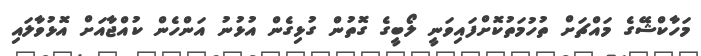
މަހާކްޝޭގެ މައްޗަށް ތުހުމަތުކޮށްފައިވަނީ ލޯބީގެ ގޮތުން ގުޅިގެން އުޅުނު އަންހެން ކުއްޖާއަށް އޮޅުވާލައި